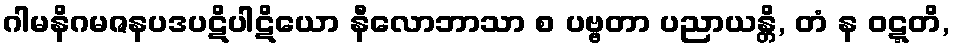
ဂါမနိဂမဇနပဒပဋိပါဋိယော နီလောဘာသာ စ ပဗ္ဗတာ ပညာယန္တိ, တံ န ဝဋ္ဋတိ,